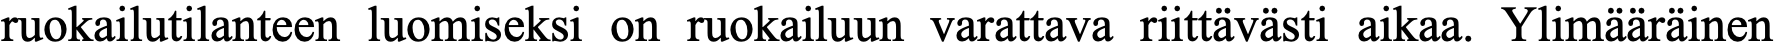
ruokailutilanteen luomiseksi on ruokailuun varattava riittävästi aikaa. Ylimääräinen